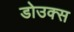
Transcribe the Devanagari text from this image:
डोउक्स